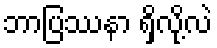
ဘာပြဿနာ ရှိလို့လဲ